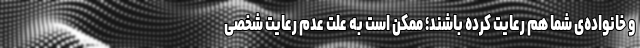
و خانواده‌ی شما هم رعایت کرده باشند؛ ممکن است به علت عدم رعایت شخصی